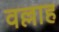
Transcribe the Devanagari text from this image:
वल्लाह